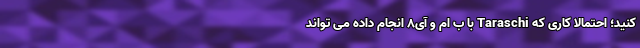
کنید؛ احتمالا کاری که Taraschi با ب ام و آی8 انجام داده می تواند